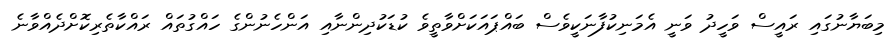
މިބަޔާނުގައި ރައީސް ވަހީދު ވަނީ އެމަނިކުފާނަކީވެސް ބައްޕައަކަށްވާތީވެ ކުޑަކުދިންނާއި އަންހެނުންގެ ހައްގުތައް ރައްކާތެރިކޮށްދެއްވާނެ